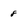
Character: 8